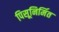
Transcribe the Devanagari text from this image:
पिसूनिर्मित